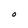
Character: O